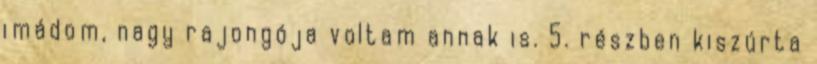
imádom, nagy rajongója voltam annak is. 5. részben kiszúrta